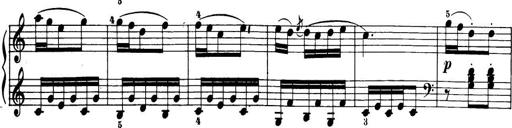
Title: 32 Sonatinas and Rondos for the Piano
Composer: Richard Kleinmichel